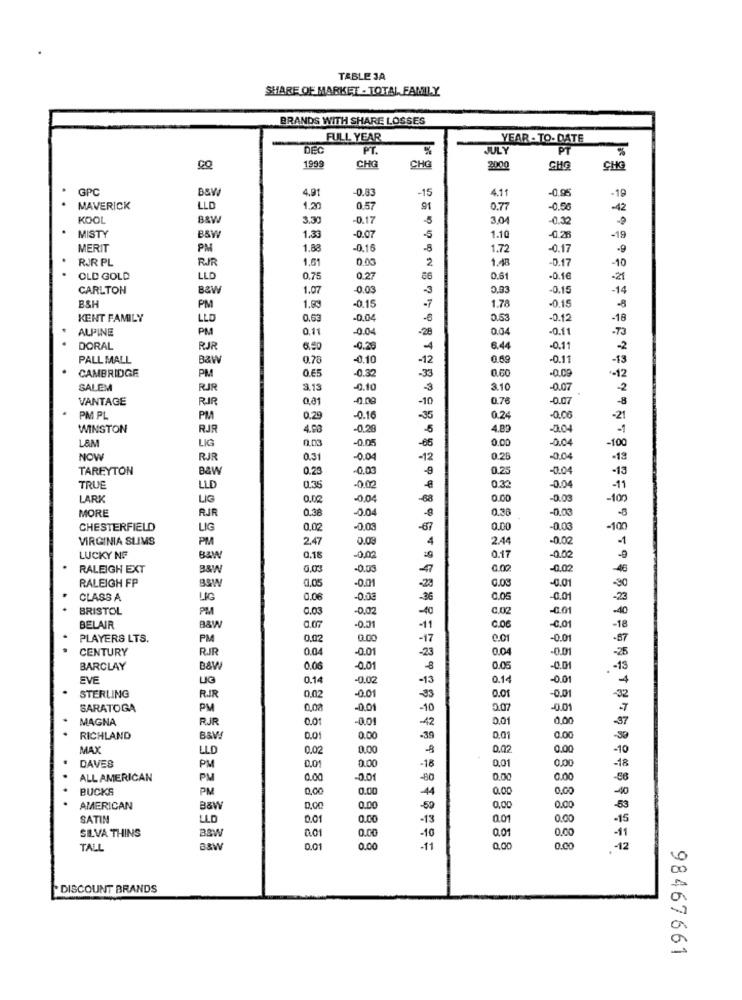
TABLE JA
SHARE OF MARKET - TOTAL FAMILY
BRANDS WITH SHARE LOSSES
FULL YEAR
YEAR - TO- DATE
DE
PT.
JULY
199
CHE
CHO
200
CHO
GPC
4.91
-0.83
-15
-0.95
4.11
MAVERICK
LLD
1.20
0.57
91
0.77
-0,56
-42
KOOL
B&W
3.30
-0.17
-5
3,04
0.32
MISTY
BBW
1.33
-0.07
-5
1.10
0.28
-19
MERIT
PM
1.88
-0.16
-5
1.72
-0.17
-9
RJR PL
RJR
1.61
0.00
2
1.48
0.17
10
OLD GOLD
LLD
0.75
0.27
86
0.61
-0.1€
-21
CARLTON
B&W
1.07
-0.03
-3
0,03
-0.15
-14
BSH
0.15
PM
-0.15
-7
1.78
KENT FAMILY
LLD
0.63
-0.04
-6
0.53
-0.12
-18
ALPINE
PM
0.11
-0.04
-28
0.04
-0.11
.73
DORAL
RJR
6.50
-0.29
6.44
-0.11
-2
PALL MALL
B&W
0.78
-0.10
-12
0.69
-0.11
-13
CAMBRIDGE
0.65
0.32
0.60
-0.09
-12
PM
-33
SALEM
RJR
3.13
-0.10
-3
3.10
-0.07
2
VANTAGE
RIR
0,81
-0.00
-10
0.70
-0.07
PM PL
PM
0.29
-0.16
-35
0.24
-0.00
-21
WINSTON
RJR
4.98
-0.28
-5
4.89
-0.04
-1
0.03
0.05
-05
0.00
-0.04
-100
L&M
LIG
NOW
RJR
0.31
-0.04
-12
0.25
-0.04
-13
TAREYTON
B&W
0.23
-0.03
0.25
-0.04
-13
TRUE
LLD
0.35
0.32
-0.04
-11
LARK
LIG
0.00
-0,04
-68
0.00
-0.03
-100
MORE
RJR
0.38
-0.04
-8
0.38
-0.03
-8
CHESTERFIELD
LIG
0,02
-0.03
-67
0.00
0.03
-100
VIRGINIA SLIMS
PM
2.47
0.03
4
2.44
-0.02
-1
LUCKY NO
BAM
0.18
0,02
0.17
-0.02
-0
RALEIGH EXT
0,03
-0.03
0.00
-0.02
-46
RALEIGH FP
-23
0.00
-0.01
-0.01
-30
CLASS A
LIG
0.06
-0.03
-36
0.05
0.01
-23
BRISTOL
PM
0.03
-0,02
-10
C.02
-0.01
BELAIR
B&W
0.07
0.01
-11
0.06
-18
PLAYERS LTS.
PM
0.02
0.00
-17
0.01
-0.01
CENTURY
RJR
0.04
0.01
0.04
-0.01
-23
BARCLAY
B&W
0.06
-0.01
0.0.
-0.01
EVE
LIG
0.14
0.02
-13
0.14
-0.01
STERLING
0.01
-0.01
RJR
0.02
-0.01
-33
SARATOGA
PM
0,08
00
-10
0.07
-0.01
MAGNA
RJR
0.01
-0.01
-42
0.01
0,00
RICHLAND
B&W
0.0
0.00
-39
0.01
0.00
MAX
LLD
0.02
0.00
0.02
0.00
-10
DAVES
-18
0,01
PM
0.00
-18
ALL AMERICAN
PM
0.00
-0.01
-80
0.00
0.00
BUCKS
PM
0,00
0.00
0.00
0,00
AMERICAN
B&W
0.00
-50
0,00
0.00
SATIN
LLD
0.01
0.00
-13
0.01
0.00
SILVA THINS
0.00
0.01
0.00
-10
TALL
0.01
0.00
-11
0.00
0.00
-12
00
"DISCOUNT BRANDS
a
98467661